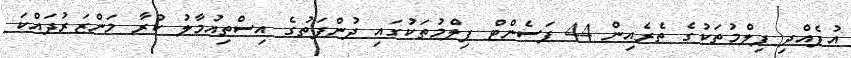
އުފެއްދި ފިލްމުތަކުގެ ތެރެއިން 44 ޕަސެންޓް ފިލްމުތަކުގައި ދުންފަތުގެ އިސްތިއުމާލު ކުރާ މަންޒަރުދައްކަ